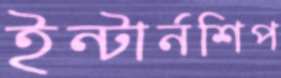
ইন্টার্নশিপ